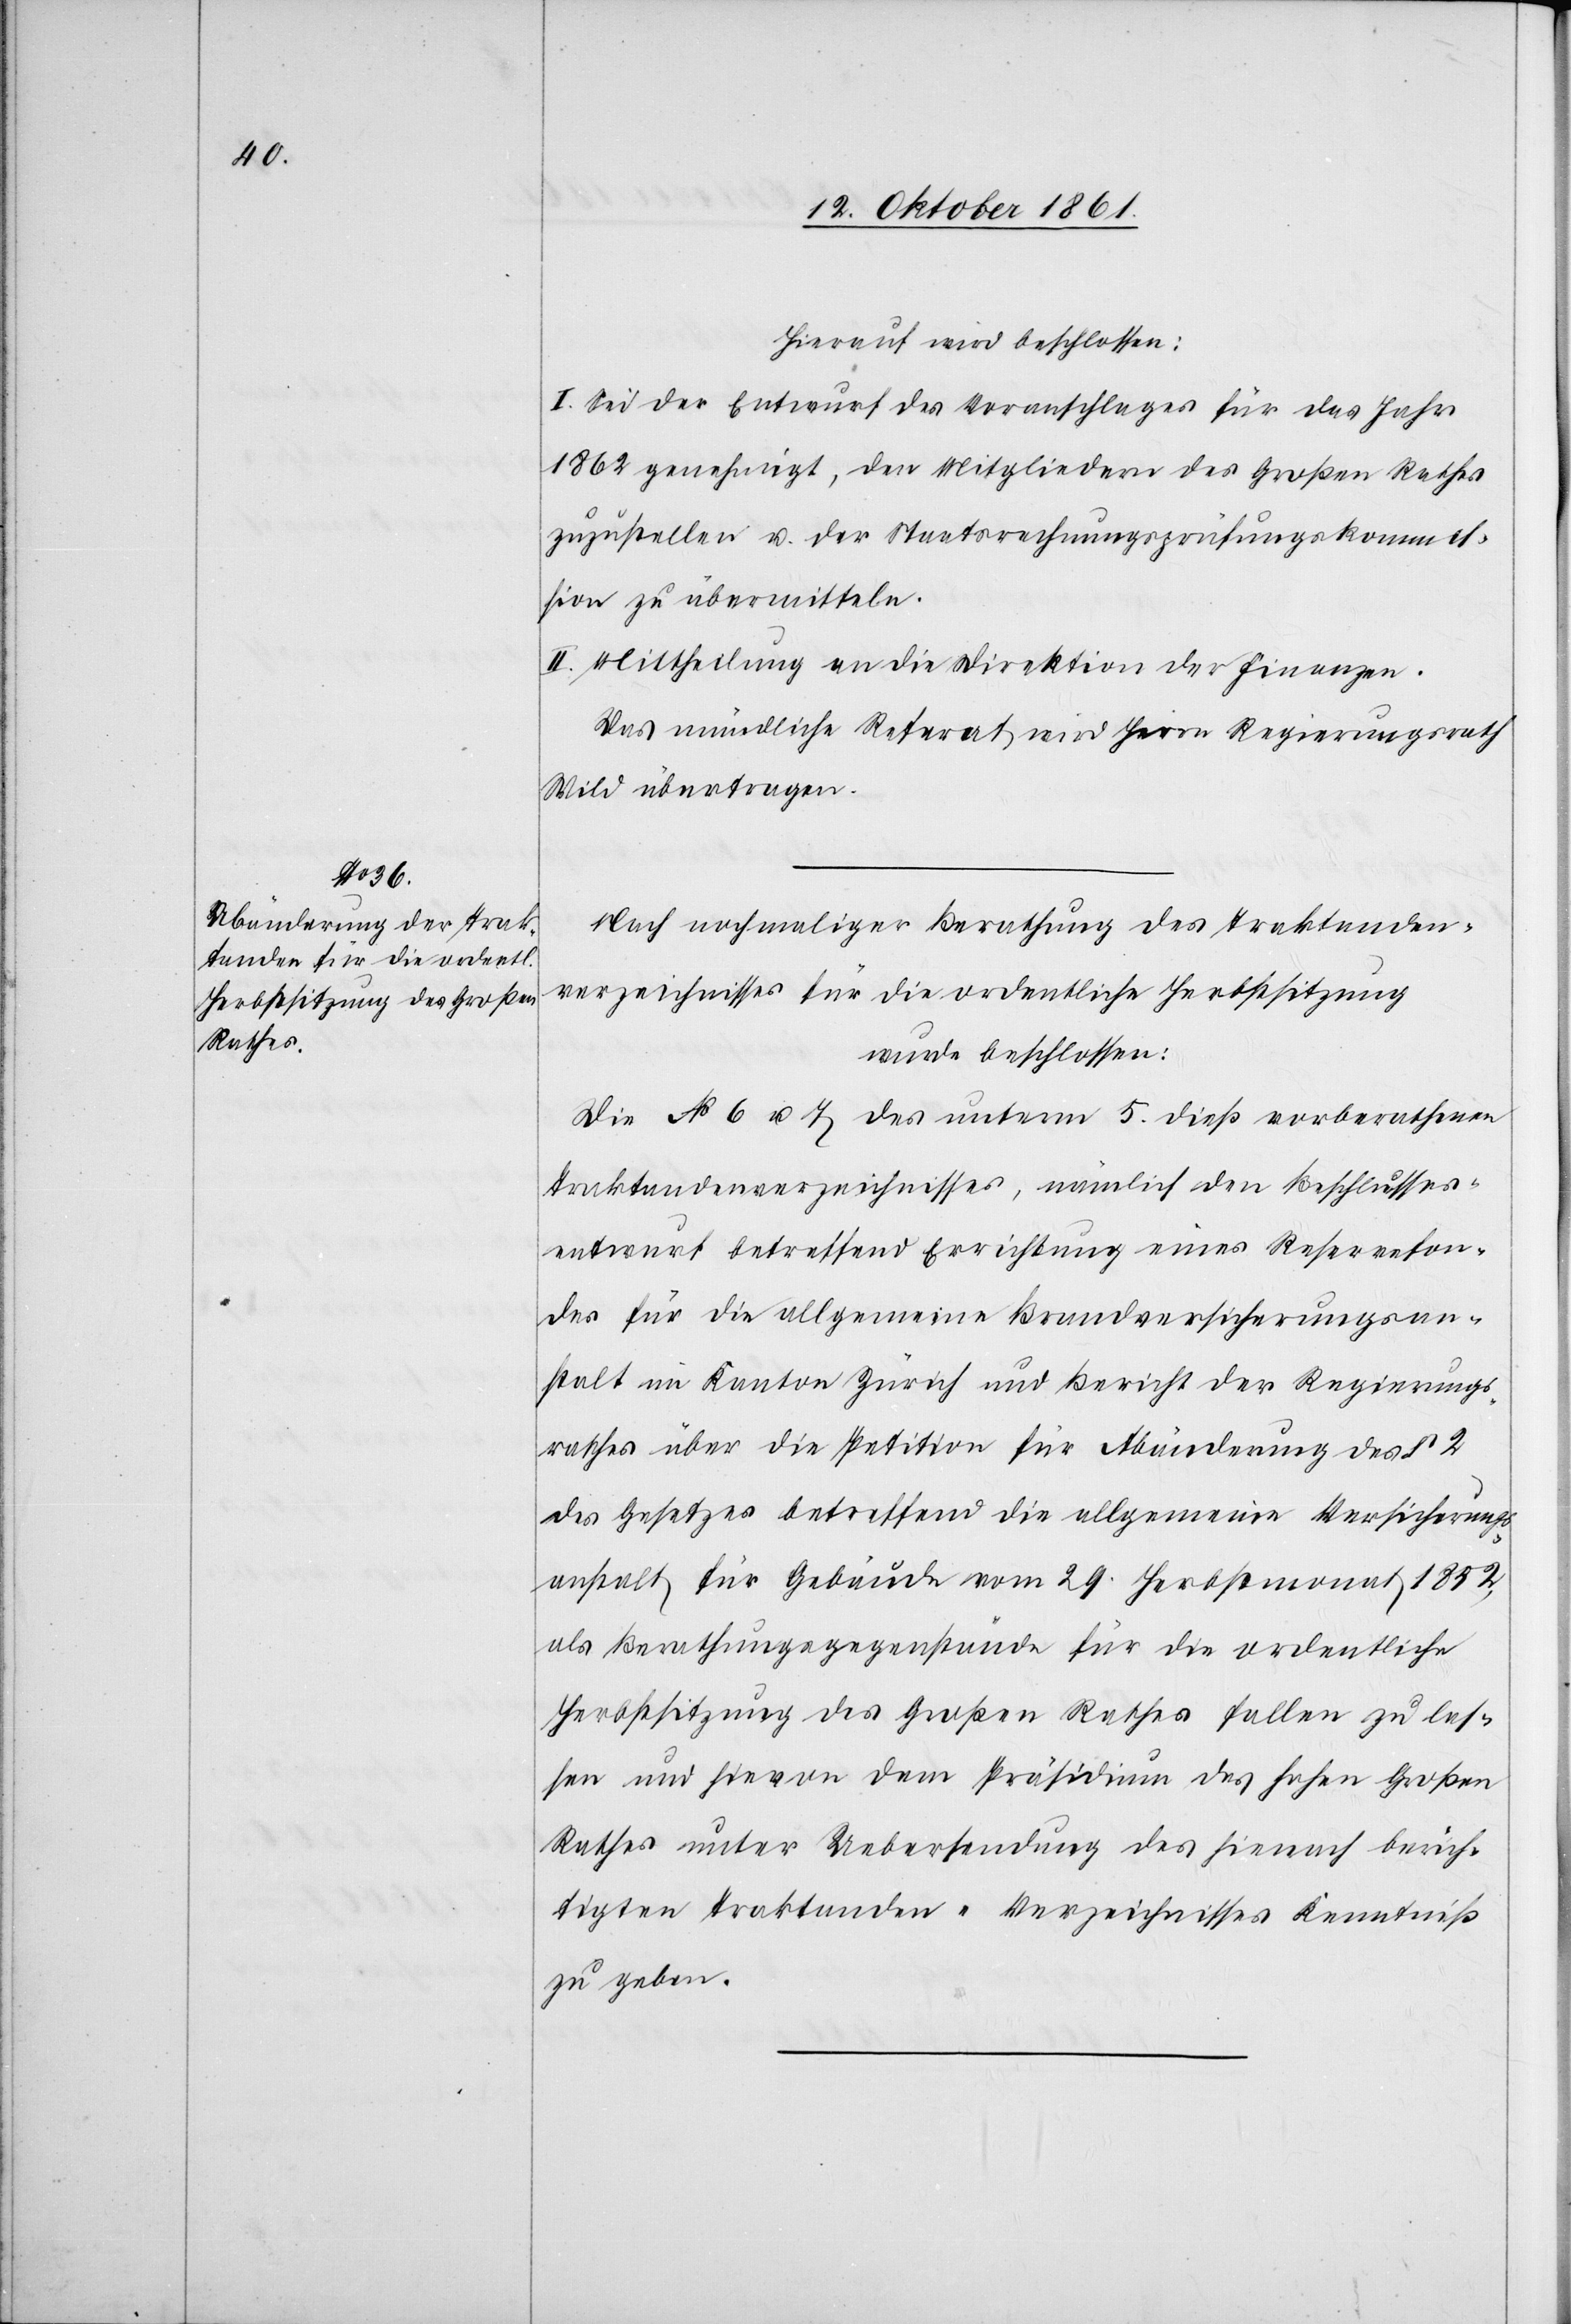
Hierauf wird beschlossen:
I. Sei der Entwurf des Voranschlages für das Jahr
1862 genehmigt, den Mitgliedern des Großen Rathes
zuzustellen u. der Staatsrechnungsprüfungskommis¬
sion zu übermitteln.
II. Mittheilung an die Direktion der Finanzen.
Das mündliche Referat wird Herrn Regierungsrath
Wild übertragen.
Nach nochmaliger Berathung der Traktanden¬
verzeichnisses für die ordentliche Herbstsitzung
wurde beschlossen:
Die Art. 6 u. 7 des unterm 5 dieß vorberathenen
Traktandenverzeichnisses, nämlich den Beschlusses¬
entwurf betreffend Errichtung eines Reservefon¬
des für die allgemeine Brandversicherungsan¬
stalt im Kanton Zürich und Bericht der [sic!] Regierungs¬
rathes über die Petition für Abänderung des § 2
des Gesetzes betreffend die allgemeine Versicherungs¬
anstalt für Gebäude vom 29 Herbstmonat 1852
als Berathungsgegenstände für die ordentliche
Herbstsitzung des Großen Rathes fallen zu las¬
sen und hievon dem Präsidium des hohen Großen
Rathes unter Uebersendung des hiernach berich¬
tigten Traktanden-Verzeichnisses Kenntniß
zu geben.